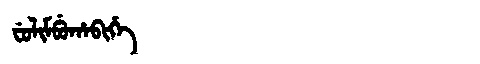
Manchu: ᠸᡠᠯᡳᠮᠪᡠᡥᠠᠪᡳᡥᡝ
Romanization: FULIMBUHABIHE